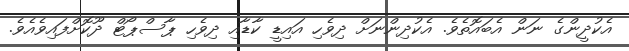
އެކުދީންގެ ނަން އެބައޮތެވެ. އެކުދިންނަށް ދިވެހި އައިޑީ ކާޑާއި ދިވެހި ޕާސްޕޯޓް ދޫކޮށްފައިވެއެވެ.